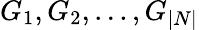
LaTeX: G_{1},G_{2},...,G_{|N|}